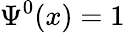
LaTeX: \Psi^{0}(x)=1